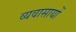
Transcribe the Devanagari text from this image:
व्यवासायों